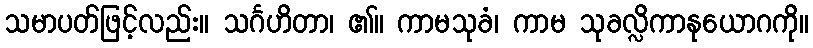
သမာပတ်ဖြင့်လည်း။ သင်္ဂဟိတာ၊ ၏။ ကာမသုခံ၊ ကာမ သုခလ္လိကာနုယောဂကို။